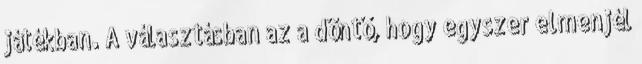
játékban. A választásban az a döntő, hogy egyszer elmenjél